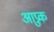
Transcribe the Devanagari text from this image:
आप्रुक